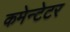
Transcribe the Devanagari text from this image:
कमेन्टेटर